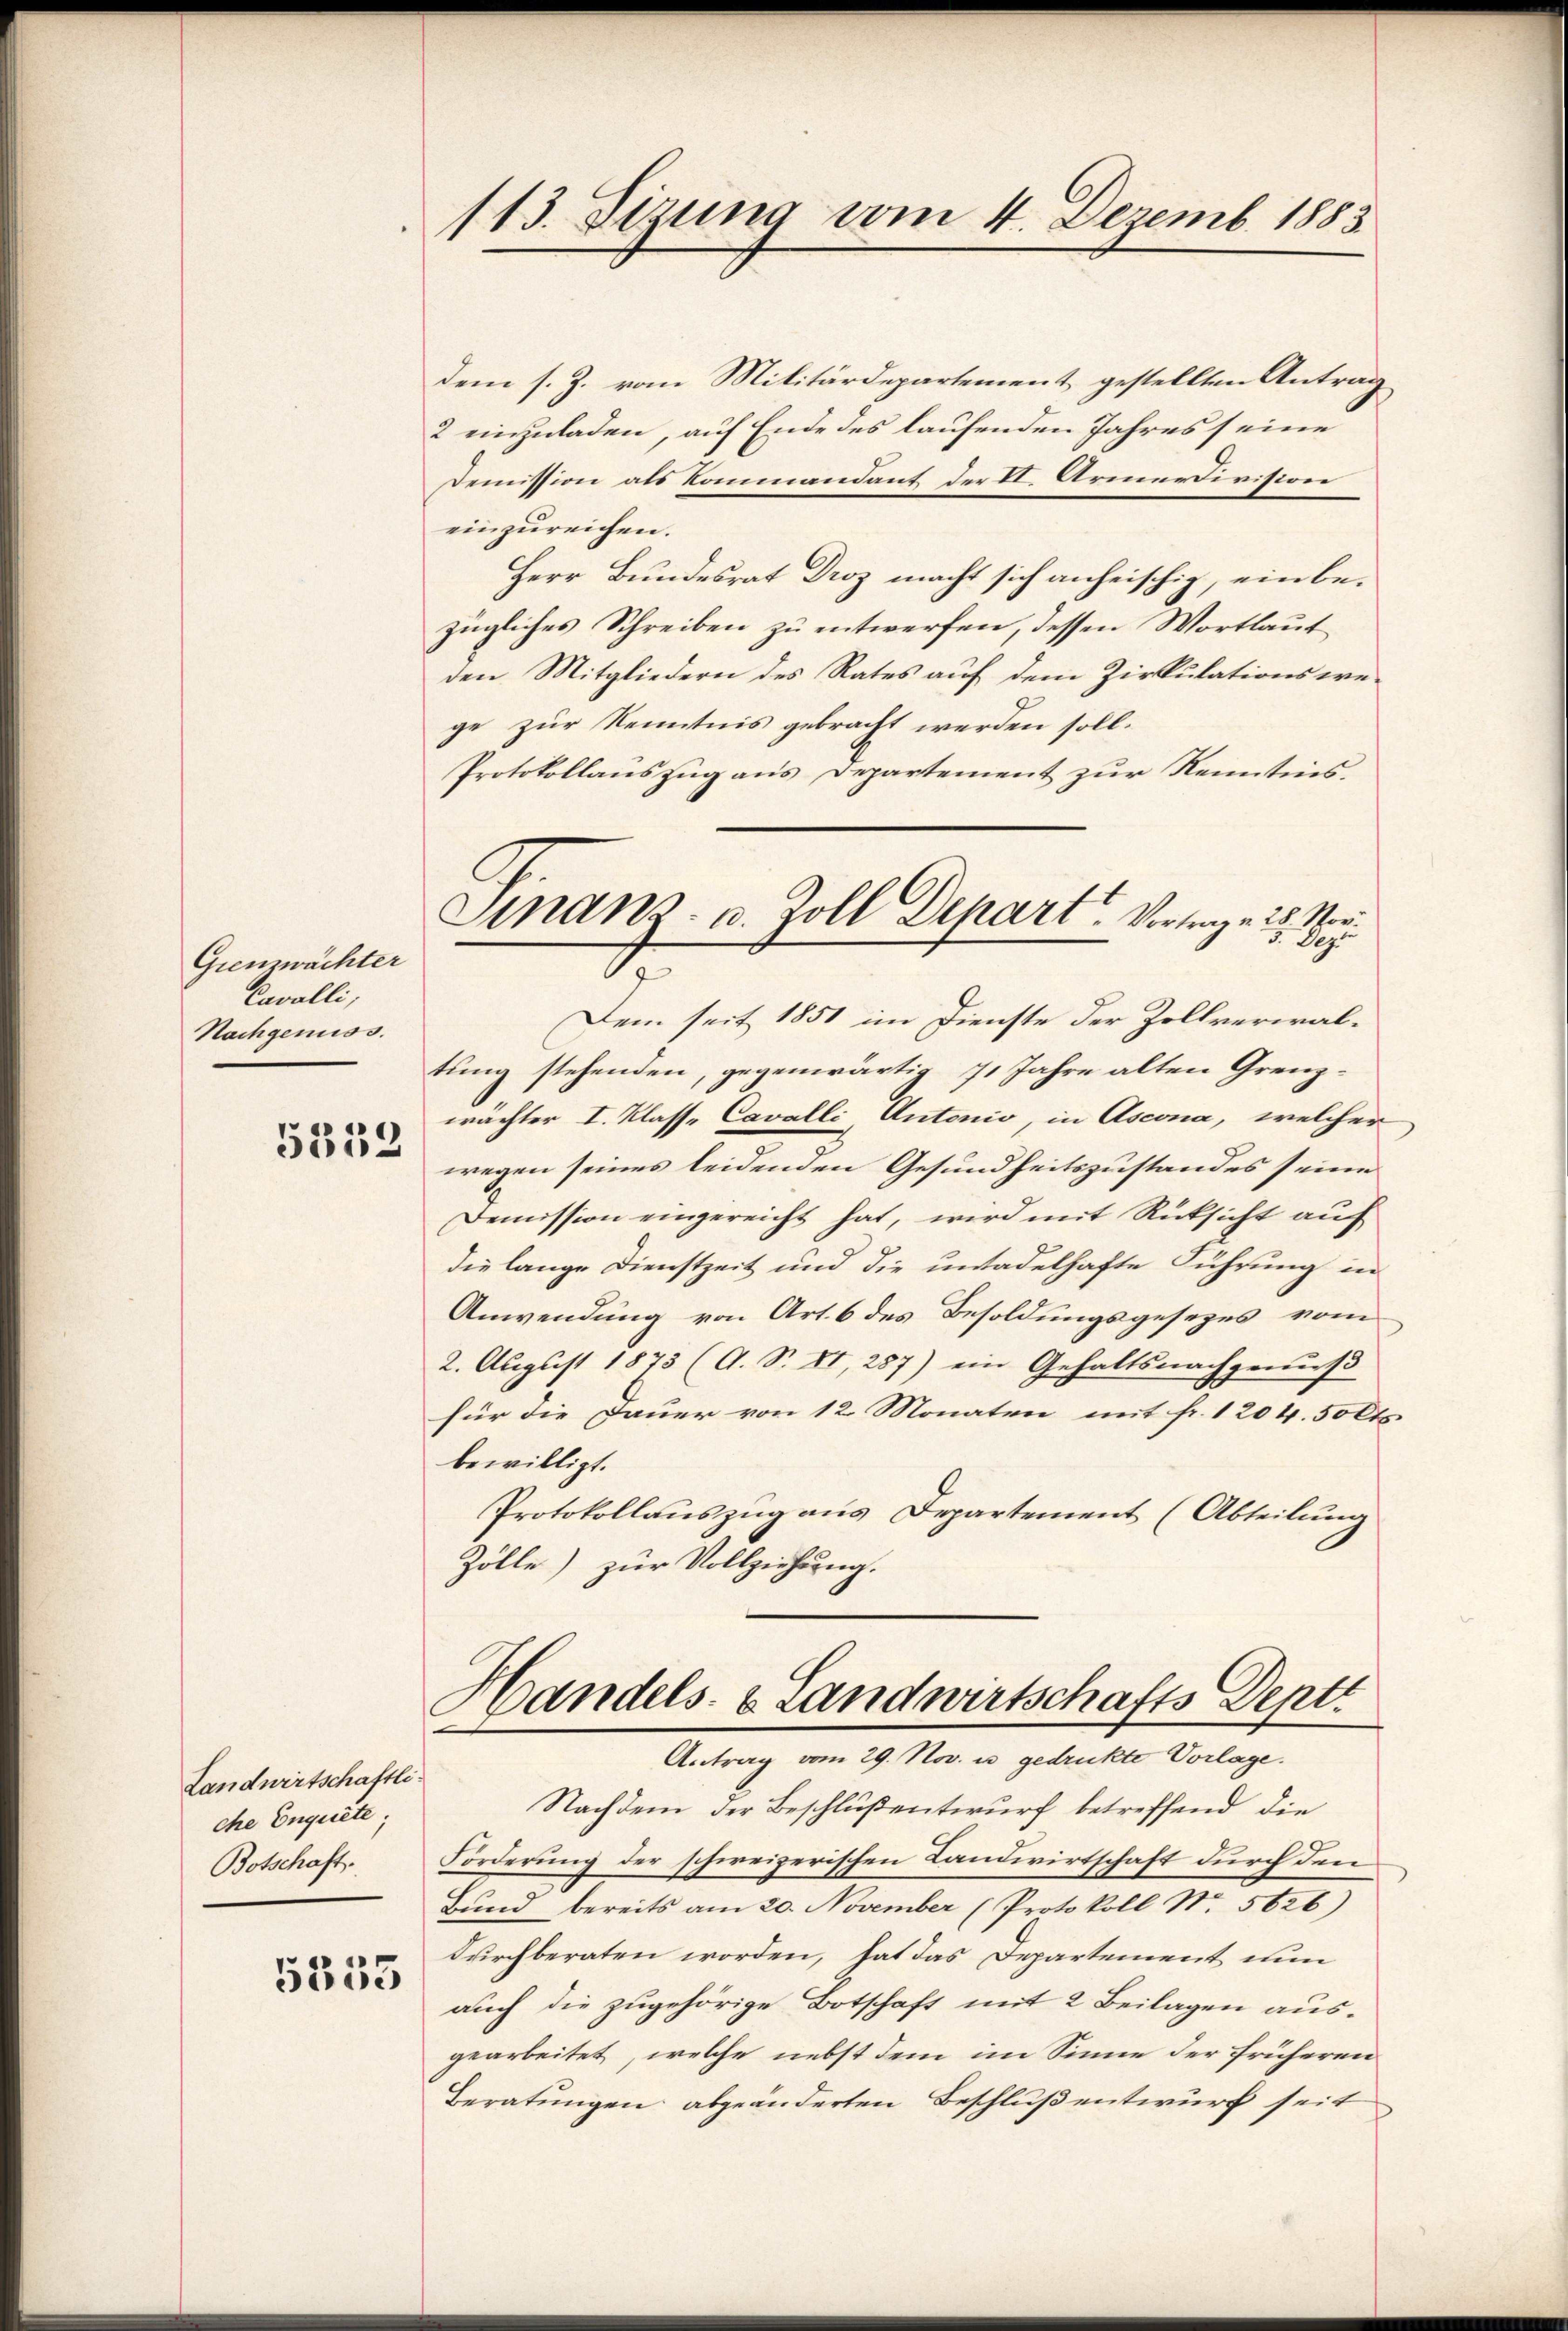
Grenzwächter
Cavalli,
Nachgenuss.

5332

Landwirtschaftli
che Enquete
Botschaft.

5335

113. Sitzung vom 4. Dezemb. 1883

dem s. Z. vom Militärdepartement gestellten Antrag
2 einzuladen, auf Ende des laufenden Jahres seine
Demission als Kommandant der II. Armerdivision
einzureichen.
Herr Bundesrat Droz macht sich anheischig, ein bezügliches Schreiben zu entwerfen, dessen Wortlaut
den Mitgliedern des Rates auf dem Zirkulationswege zur Kenntnis gebracht werden soll.
Protokollanszug aus Departement zur Kenntnis.

Finanz- u. Zoll Depart. Verlange 28. Nor
5. Dez.
7

Dem seit 1851 im Dienste der Zollverwaltung stehenden, gegenwärtig 11 Jahre alten Grenzwachter I. Klasse Cavalli Antonio, in Ascona, welcher
wegen seines leidenden Gesundheitszustandes seine
Demission eingereicht hat, wird mit Rücksicht auf
die lange Dienstzeit und die untadelhafte Führung in
Anwendung von Art. 6 des Besoldungsgesezes vom
2. August 1873 (O. S. VI, 287) ein Gehaltsnachgenuß
für die Dauer von 12 Monaten mit fr. 1204. 50 Cts.
bewilligt.
Protokollauszug aus Departement (Abteilung
Zölle) zur Vollziehung.
Handels- & Landwirtschafts Deptr
Antrag vom 29. Nov. u. gedrukte Vorlage.
Nachdem der Beschlußentwurf betreffend die
Forderung der schweizerischen Landwirtschaft durch den
Bŭnd bereits am 20. November (Protokoll N. 5626)
durchberaten worden, hat das Departement nun
auch die zugehörige Botschaft mit 2 Beilagen ausgearbeitet, welche nebst dem im Sinne der früheren
Beratungen abgeänderten Beschluß entwurf seit